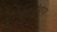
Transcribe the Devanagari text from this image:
बहानेबाज